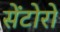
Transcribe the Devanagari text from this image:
सेंटोरो